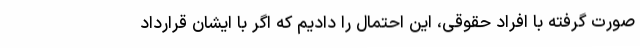
صورت گرفته با افراد حقوقی، این احتمال را دادیم که اگر با ایشان قرارداد